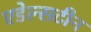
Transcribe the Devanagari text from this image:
एडेल्सटीन